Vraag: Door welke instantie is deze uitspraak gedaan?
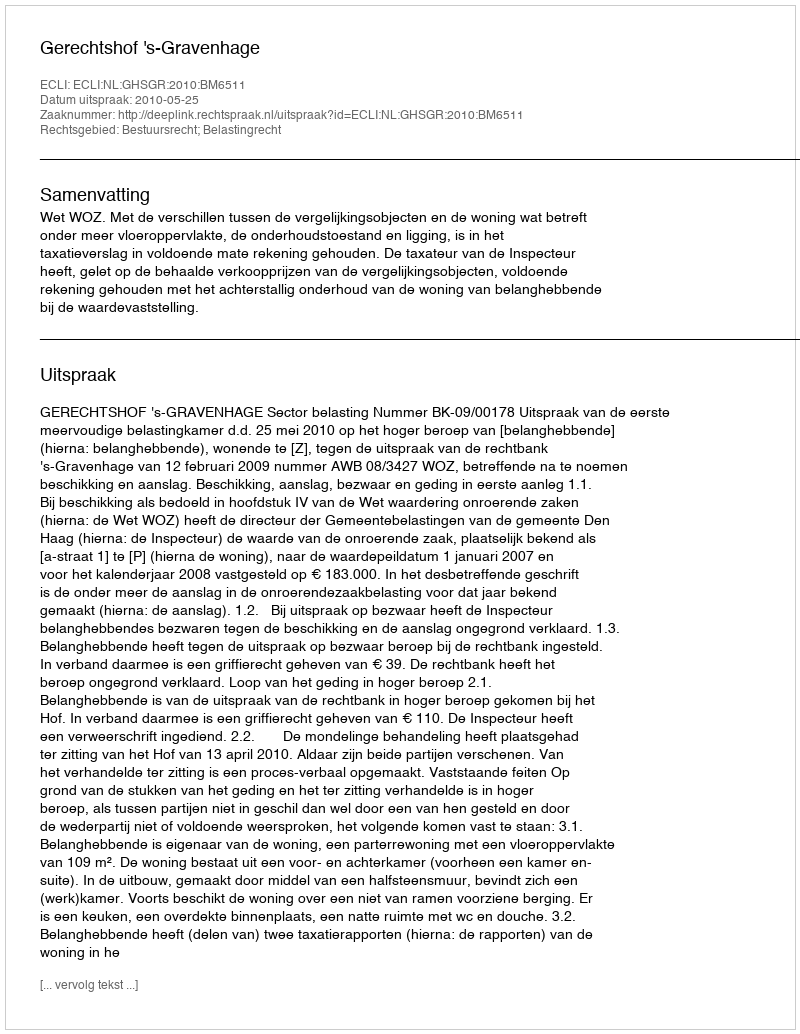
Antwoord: Gerechtshof 's-Gravenhage